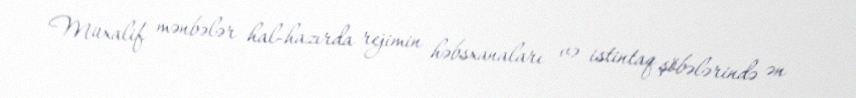
Müxalif mənbələr hal-hazırda rejimin həbsxanaları və istintaq şöbələrində ən